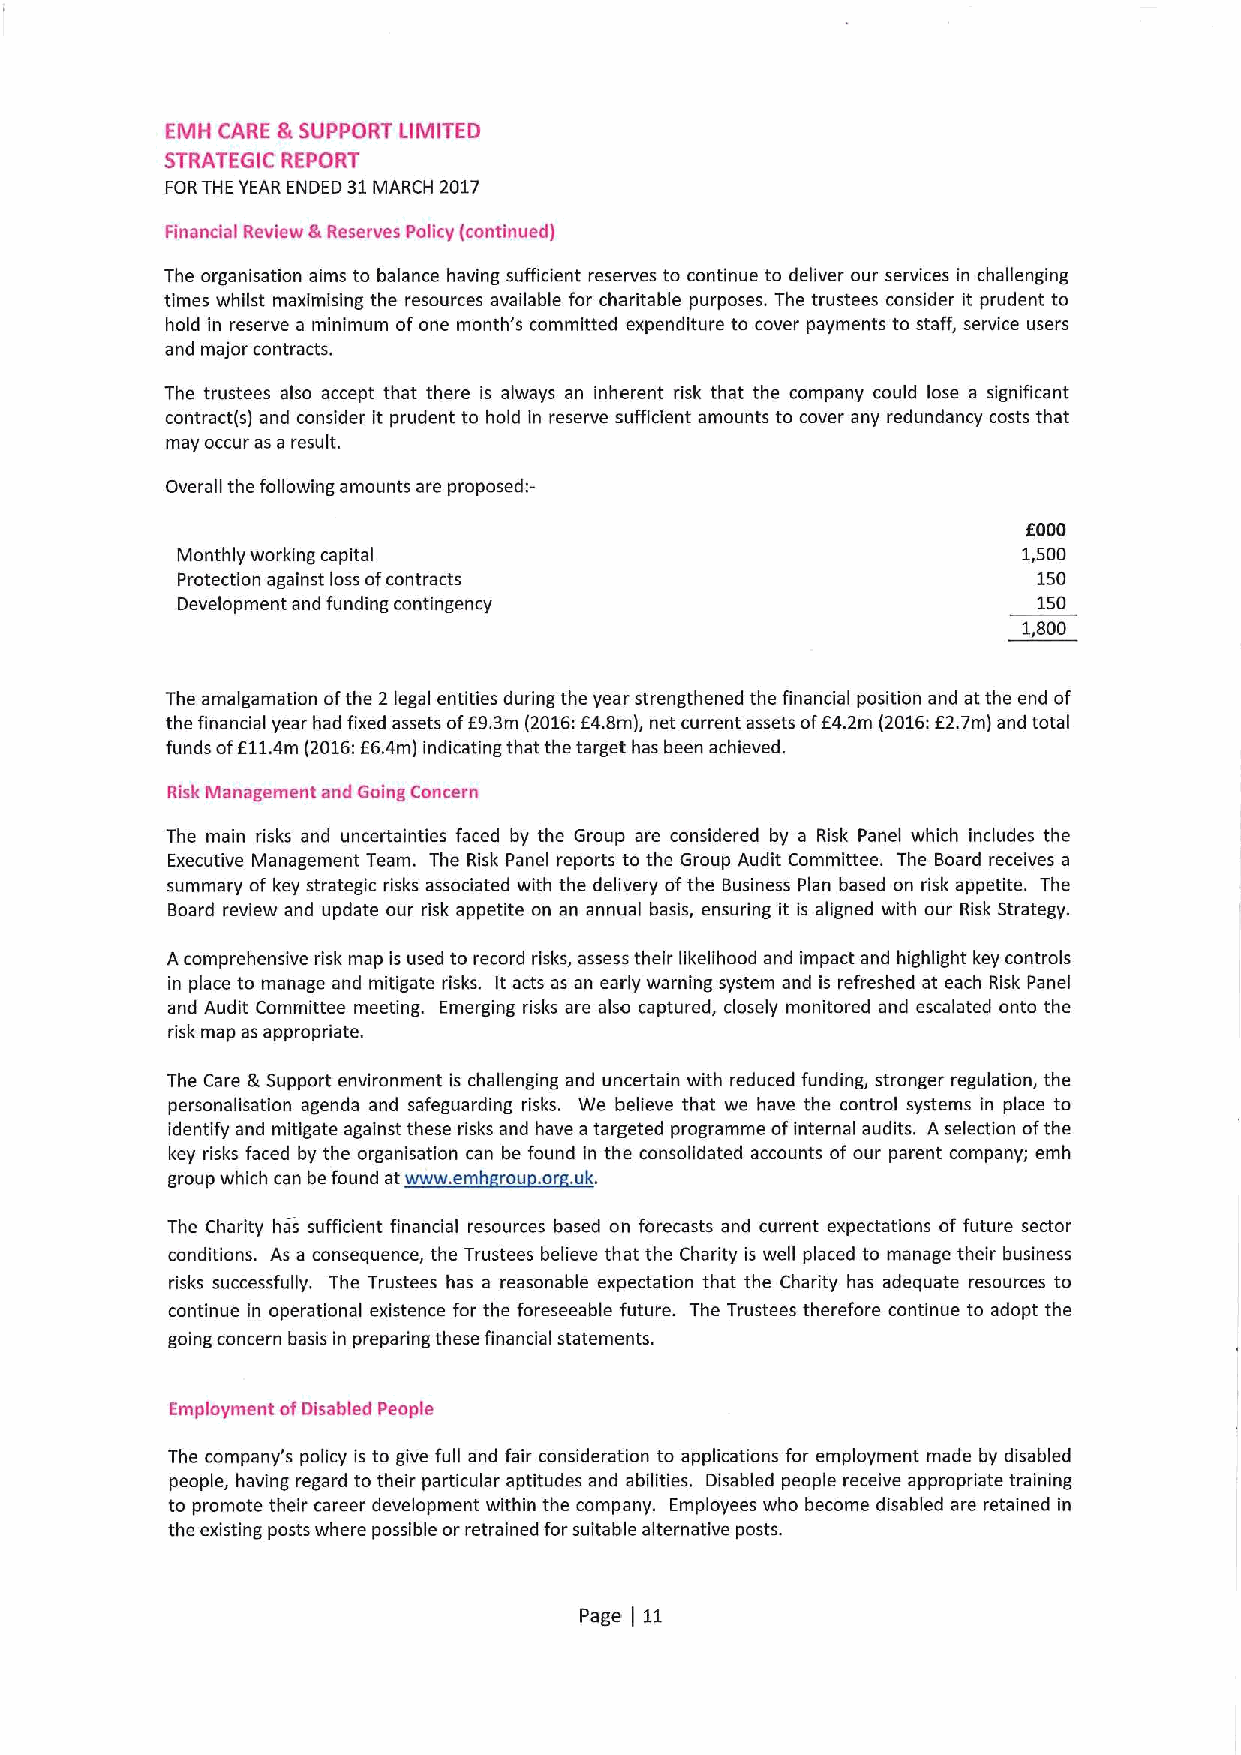
EMH CARE &SUPPORT LIMITED
 STRATEGIC REPORT
 FORTHE YEAR ENDED 31MARCH 2017
 Financial Review gh Reserves Policy (continued)
 The organisatian aims to balance having sufficient reserves to continue to deliver our services in challenging
 times whilst maximising the resources available for charitable purposes. The trustees consider it prudent to
 hold in reserve a minimum ofone month's committed expenditure ta cover payments to staff, service users
 and major contracts.
 The trustees also accept that there is always an inherent risk that the company could lose a significant
 contract(s) and consider it prudent to hold in reserve sufficient amounts to cover any redundancy costs that
 may occur as a result.
 Overall the following amounts are proposed;-
 EOOD
 Monthly working capital                                 1,500
 Protection against loss afcontracts                      150
 Development and funding contingency                      150
 1,800
 The amalgamation ofthe 2 legal entities during the year strengthened the financial position and at the end of
 the financial year had fixed assets ofE9.3m (2016:f 4.8m), net current assets off 4.2m (2016:E2.7m) and total
 funds ofE11.4m (2016:f6.4m) indicating that the target has been achieved.
 Risk Management and Going Concern
 The main risks and uncertainties faced by the Group are considered by a Risk Panel which includes the
 Executive Management Team. The Risk Panel reports to the Group Audit Committee. The Board receives a
 summary of key strategic risks associated with the delivery ofthe Business Plan based on risk appetite. The
 Board review and update our risk appetite on an annual basis, ensuring it is aligned with our Risk Strategy.
 Acomprehensive risk map is used to record risks, assess their likelihood and impact and highlight key controls
 in place to manage and mitigate risks. it acts as an early warning system and is refreshed at each Risk Panel
 and Audit Committee meeting. Emerging risks are also captured, closely monitored and escalated onto the
 risk map as appropriate.
 The Care &Support environment is challenging and uncertain with reduced funding, stronger regulation, the
 personalisation agenda and safeguarding risks. We believe that we have the control systems in place to
 identify and mitigate agaid nst th~ ese rh isks an. d have atargeted programme ofinternal audits. A selection ofthe
 hkeyhrishks hfachedfby the organisation can be found in the consolidated accounts af our parent company; emh
 . k,
 The Charity has sufficient financial resources based on forecasts and current expectations of future sector
 conditions. As a consequence, the Trustees believe that the Charity is well placed to manage their business
 risks successfully. The Trustees has a reasonable expectation that the Charity has adequate resources to
 continue in operational existence for the foreseeable future. The Trustees therefore continue to adapt the
 going concern basis in preparing these financial statements.
 Employment ofDisabled People
 The company's policy is to give full and fair consideration to applications for employment made by disabled
 people, having regard to their particular aptitudes and abilities. Disabled people receive appropriate training
 to promote their career development within the company. Employees who become disabled are retained in
 the existing posts where possible or retrained forsuitable alternative posts.
 Page 11
 (